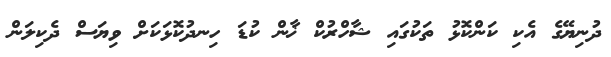
ދުނިޔޭގެ އެކި ކަންކޮޅު ތަކުގައި ޝާހްރުކް ޚާން ކުޑަ ހިނދުކޮޅަކަށް ވިޔަސް ދެކިލަން